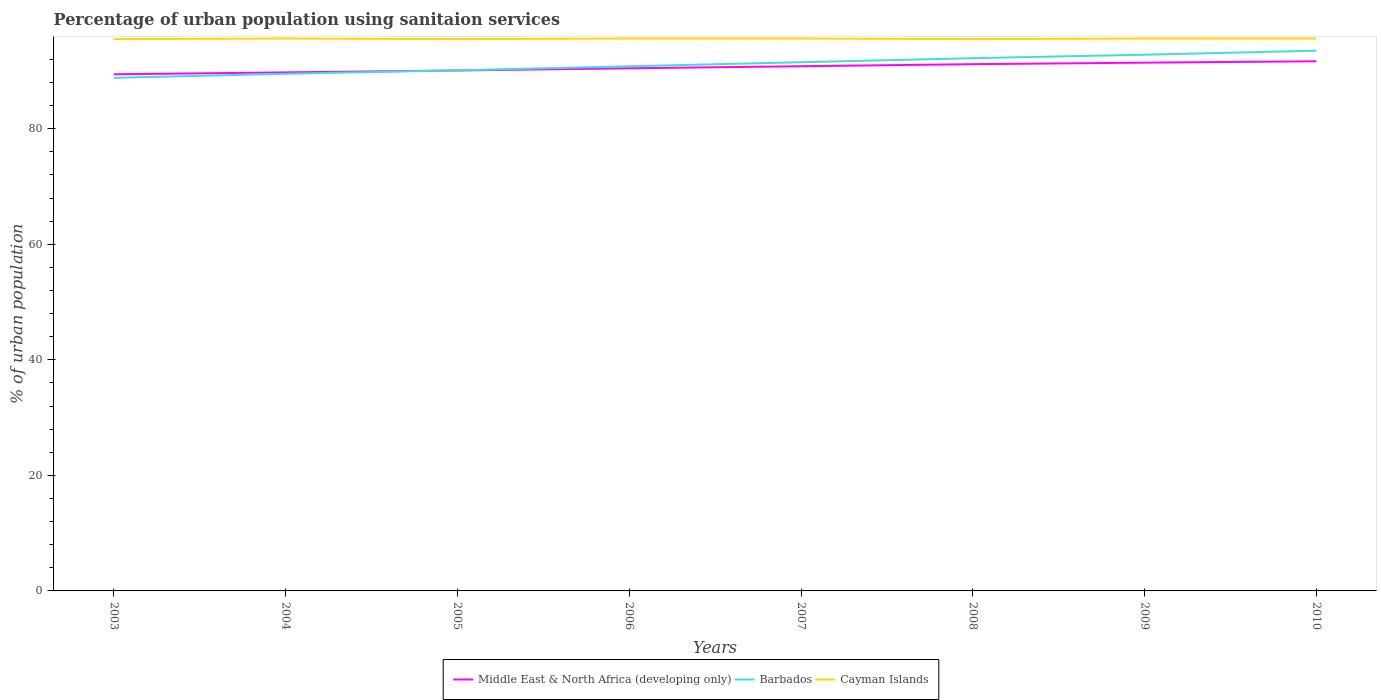
| Years | Middle East & North Africa (developing only) | Barbados | Cayman Islands |
 | --- | --- | --- | --- |
 | 2003 | 89.4 | 88.8 | 95.5 |
 | 2004 | 89.7 | 89.5 | 95.6 |
 | 2005 | 90.1 | 90.1 | 95.5 |
 | 2006 | 90.5 | 90.8 | 95.6 |
 | 2007 | 90.8 | 91.5 | 95.6 |
 | 2008 | 91.2 | 92.2 | 95.5 |
 | 2009 | 91.4 | 92.8 | 95.6 |
 | 2010 | 91.7 | 93.5 | 95.6 |